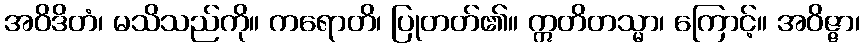
အဝိဒိတံ၊ မသိသည်ကို။ ကရောတိ၊ ပြုတတ်၏။ ဣတိတသ္မာ၊ ကြောင့်။ အဝိဇ္ဇာ၊